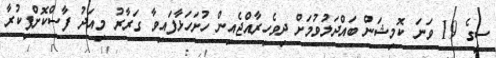
ސީގެ 19 ވަނަ ކޮމިޝަން ބައްދަލުވުމަށް ދިވެހިރާއްޖެއިން ހުށަހަޅާފައިވާ ގަރާރު މިއަދު ފާސްކޮށްފިކުރާ